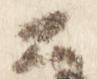
公